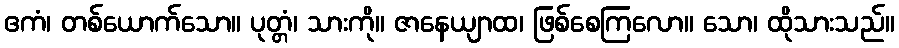
ဧကံ၊ တစ်ယောက်သော။ ပုတ္တံ၊ သားကို။ ဇာနေယျာထ၊ ဖြစ်စေကြလော။ သော၊ ထိုသားသည်။